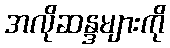
အလိုဆန္ဒများကို